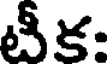
టీక: